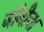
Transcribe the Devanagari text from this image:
जॉनीचा